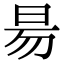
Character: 昜